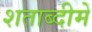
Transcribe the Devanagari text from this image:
शताब्‍दीमें